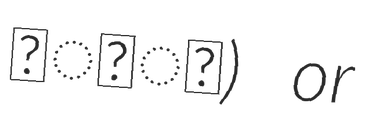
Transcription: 𑀬𑁅𑀥𑁂𑀬) or